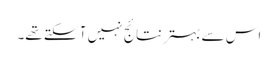
اس سے بہتر نتائج نہیں آ سکتے تھے۔